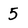
Character: 5